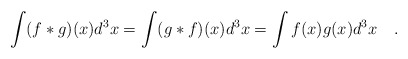
\begin{align*}\int (f*g)(x) d^{3}x = \int (g*f)(x) d^{3}x = \int f(x)g(x)d^{3}x ~~~.\end{align*}